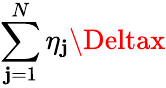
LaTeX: \sum_{\mathbf{j}=1}^{N}\eta_{\mathbf{j}}\Deltax